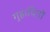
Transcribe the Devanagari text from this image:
गुहाचित्रों